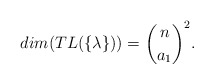
\begin{align*}dim(TL(\{\lambda \}))=\binom{n}{ a_1}^2.\end{align*}